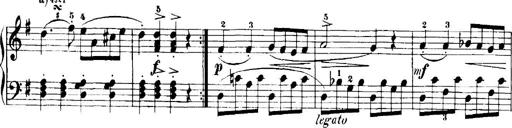
Title: 7 Sonatinas
Composer: Anton Diabelli